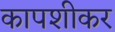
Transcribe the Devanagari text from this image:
कापशीकर